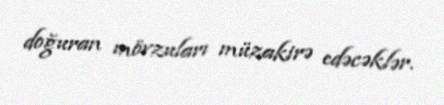
doğuran mövzuları müzakirə edəcəklər.